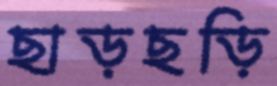
ছাড়ছড়ি